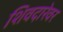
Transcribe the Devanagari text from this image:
शिवदारेवर